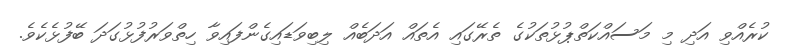
ކުރެއްވި އަދި މި މަސައްކަތްޕުޅުތަކުގެ ތެރޭގައި އެތައް އަދަބެއް ލިބިވަޑައިގެންފައިވާ ހިތްވަރުފުޅުގަދަ ބޭފުޅެކެވެ.